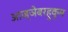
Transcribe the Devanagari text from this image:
आज्ञेबरहुकुम